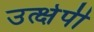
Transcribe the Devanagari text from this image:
उत्क्षेपी